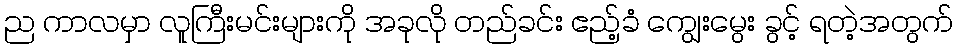
ည ကာလမှာ လူကြီးမင်းများကို အခုလို တည်ခင်း ဧည့်ခံ ကျွေးမွေး ခွင့် ရတဲ့အတွက်